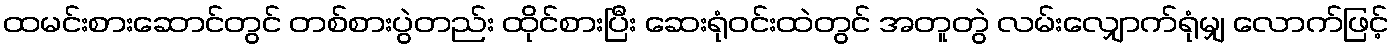
ထမင်းစားဆောင်တွင် တစ်စားပွဲတည်း ထိုင်စားပြီး ဆေးရုံဝင်းထဲတွင် အတူတွဲ လမ်းလျှောက်ရုံမျှ လောက်ဖြင့်